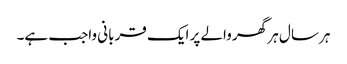
ہر سال ہر گھر والے پر ایک قربانی واجب ہے۔